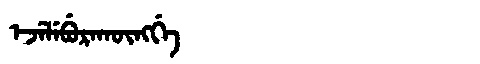
Manchu: ᡝᠵᡝᠯᡝᠪᡠᡵᠠᡴᡡᠩᡤᡝ
Romanization: EJELEBURAKŪNGGE